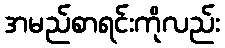
အမည်စာရင်းကိုလည်း